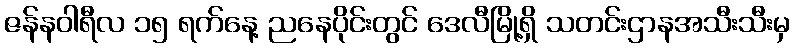
ဇန်နဝါရီလ ၁၅ ရက်နေ့ ညနေပိုင်းတွင် ဒေလီမြို့ရှိ သတင်းဌာနအသီးသီးမှ